Inquiry into the circumstances attending an outbreak of cholera in H. M.'s 18th Hussars at Secunderabad in the month of May
Year: 1871
Disease focus: Cholera
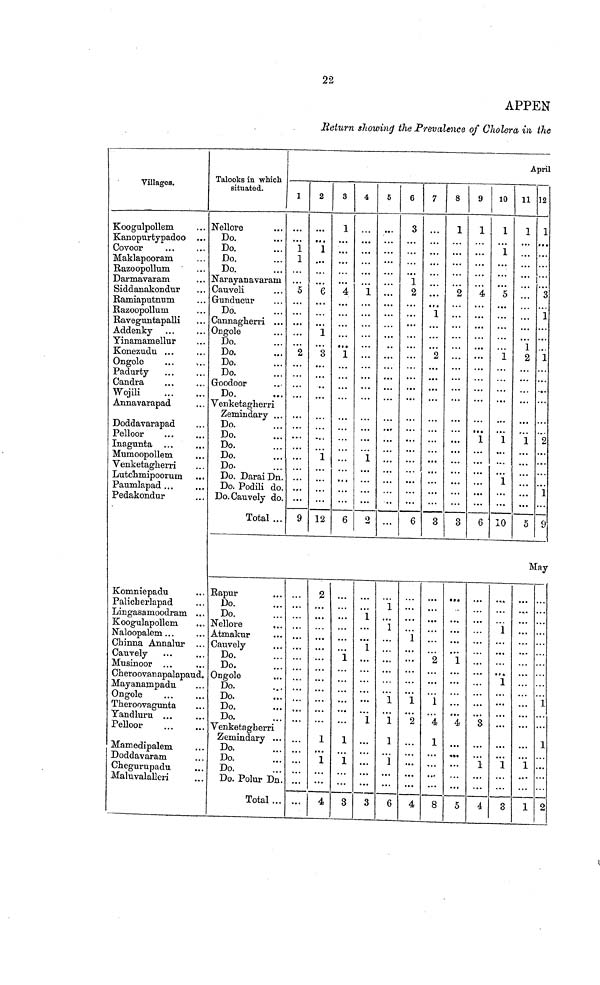
22
APPEN
Return showing the Prevalence of Cholera in the
Villages.
Koogulpollem
Kanopurtypadoo
Covoor
Maklapooram
Razoopollum
Darmavaram
Siddanakondur
Ramiaputnum
Razoopollum
Raveguntapalli
Addenky
Yinamamellur
Konezudu
Ongole
Padurty
Candra
Wojili
Annavarapad
Doddavarapad
Pelloor
Inagunta
Mumoopollem
Venketagherri
Lntchmipoorum
Paumlapad
Pedakondur
Komniepadu
Palicherlapad
Lingasamoodram
Koogulapollem
Naloopalem
Chinna Annalur
Cauvely
Musinoor
Cheroovanapalapaud.
Mayanampadu
Ongole
Theroovagunta
Yandluru
Pelloor
Mamedipalem
Doddavaram
Chegurupadu
Maluvalallcri
Talooks in which situated.
Nellore
Do.
Do.
Do.
Do.
Narayanavaram
Cauveli
Do.
Ongole
Do.
Do.
Do.
Do.
Do.
Venketagherri
Do.
Do.
Do.
Do.
Do.
Do. Darai Dn.
Do. Podili do
Do. Cauvely do
Total
Rapnr
Do.
Do.
Cauvely
Do.
Do.
Ongole
Do.
Do.
Do.
Do.
Venketagherri
Zemindary
Do.
Do.
Do.
Do. Polur Dn
Total ..
April
1
1
1
5
2
9
2
1
6
1
3
1
12
2
1
1
4
3
1
4
1
6
1
1
1
3
4
1
1
2
1
1
1
3
5
1
1
1
1
1
1
6
6
3
1
2
6
1
1
2
4
7
1
2
3
2
1
4
1
8
8
1
2
3
1
4
5
9
1
4
1
6
3
1
4
10
1
1
5
1
1
1
10
1
1
1
3
11
1
1
2
1
5
12
1
3
3
1
2
May
1
1
1
2